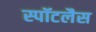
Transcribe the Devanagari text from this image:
स्पॉटलैस